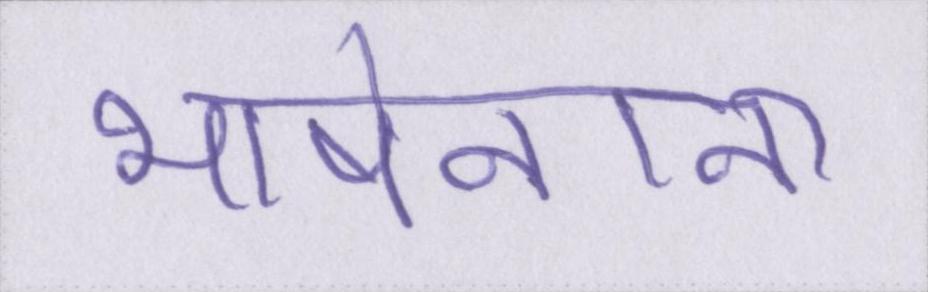
भाषेनाना